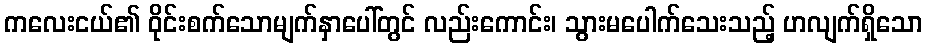
ကလေးငယ်၏ ဝိုင်းစက်သောမျက်နှာပေါ်တွင် လည်းကောင်း၊ သွားမပေါက်သေးသည့် ဟလျက်ရှိသော